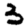
Digit: 3